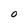
Character: O